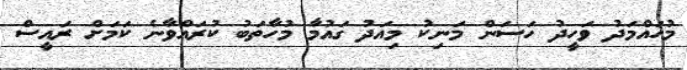
މުހައްމަދު ވަހީދު ހަސަން މަނިކު މިއަދު ގައުމާ މުހާތަބު ކުރައްވާނެ ކަމަށް ރައީސް